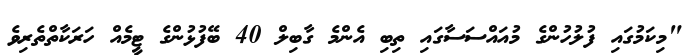
"މިކަމުގައި ފުލުހުންގެ މުއައްސަސާގައި ތިބި އެންމެ ގާބިލް 40 ބޭފުޅުންގެ ޓީމެއް ހަރަކާތްތެރިވެ